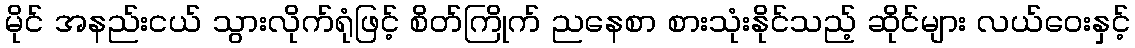
မိုင် အနည်းငယ် သွားလိုက်ရုံဖြင့် စိတ်ကြိုက် ညနေစာ စားသုံးနိုင်သည့် ဆိုင်များ လယ်ဝေးနှင့်